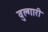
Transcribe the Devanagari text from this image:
वुल्गारी